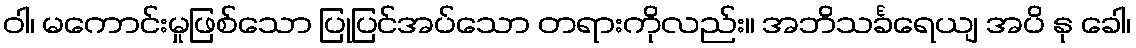
ဝါ၊ မကောင်းမှုဖြစ်သော ပြုပြင်အပ်သော တရားကိုလည်း။ အဘိသင်္ခရေယျ အပိ နု ခေါ၊